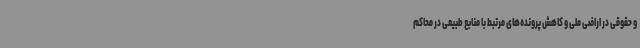
و حقوقی در اراضی ملی و کاهش پرونده‌های مرتبط با منابع طبیعی در محاکم